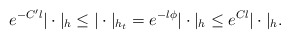
\begin{align*} e^{-C'l} |\cdot|_h\le |\cdot|_{h_t}=e^{-l\phi}|\cdot|_ h\le e^{Cl}|\cdot|_h. \end{align*}